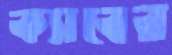
ক্যাবের